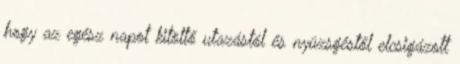
hogy az egész napot kitöltő utazástól és nyüzsgéstől elcsigázott